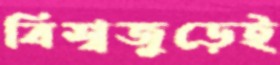
বিশ্বজুড়েই